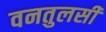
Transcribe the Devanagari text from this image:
वनतुलसी